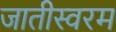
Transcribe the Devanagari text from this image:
जातीस्वरम